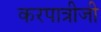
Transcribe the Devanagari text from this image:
करपात्रीजी